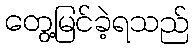
တွေ့မြင်ခဲ့ရသည်